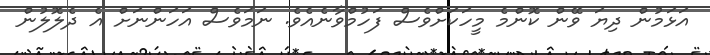
އަޅަމުން ދިޔަ ވޭން ކޮންމެ މީހަކަށްވެސް ފަހުމްވާނެއެވެ. ނަމަވެސް އަހަންނަށް އެ ދެލޮލުން